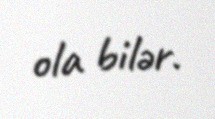
ola bilər.